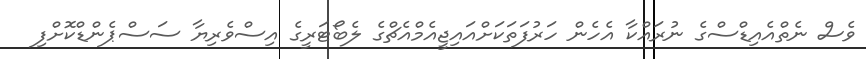
ވެސް ނެތްއެއިޑްސްގެ ނުރައްކާ އެހެން ހަރުފަތަކަށްއައިޖީއެމްއެޗްގެ ލެބޯޓަރީގެ އިސްވެރިޔާ ސަސްޕެންޑްކޮށްފި